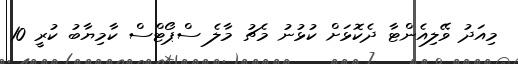
މިއަަދު ވޭލިއެންޓާ ދެކޮޅަށް ކުޅުނު މެޗު މާލެ ސްޕޯޓްސް ކާމިޔާބު ކުރީ 10